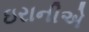
ઇરાનીએ